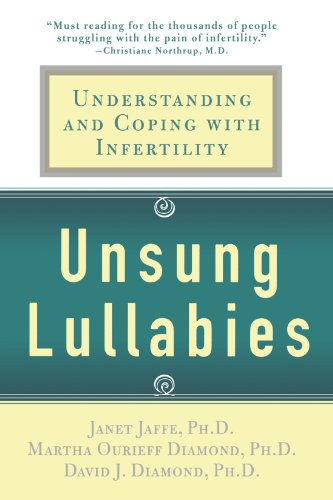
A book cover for Unsung Lullabies: Understanding and Coping with Infertility; Janet Jaffe; Parenting & Relationships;